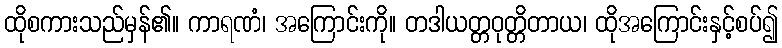
ထိုစကားသည်မှန်၏။ ကာရဏံ၊ အကြောင်းကို။ တဒါယတ္တဝုတ္တိတာယ၊ ထိုအကြောင်းနှင့်စပ်၍